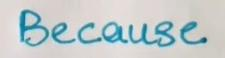
Because